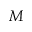
M